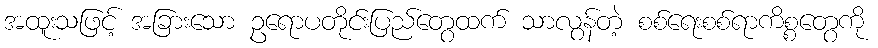
အထူးသဖြင့် အခြားသော ဥရောပတိုင်းပြည်တွေထက် သာလွန်တဲ့ စစ်ရေးစစ်ရာကိစ္စတွေကို